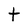
Character: t